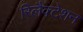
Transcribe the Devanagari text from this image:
रिलैक्टेशन